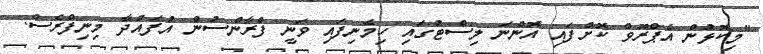
"މިކޮޅުން އެޕްރޫވް ކޮށްފައި އޮންނަ ލިސްޓުގައި ހިމެނިފައި ވަނީ ފްރާންސުން އުފައްދާ މިނިފްރެސް.